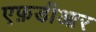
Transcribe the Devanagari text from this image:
एफ़डीआर